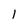
Character: l